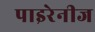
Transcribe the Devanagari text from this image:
पाइरेनीज